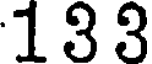
1 3 3